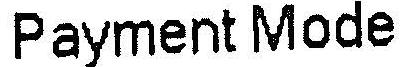
PAYMENT MODE